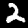
Label: 2